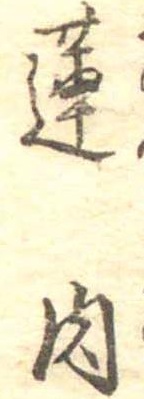
蓮肉